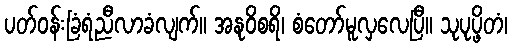
ပတ်ဝန်းခြံရံညီလာခံလျက်။ အနုဝိစရိ၊ စံတော်မူလှလေပြီ။ သုပုပ္ဖိတံ၊